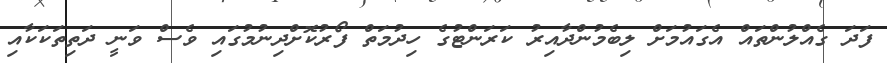
ފަދަ ގެއްލުންތައް އެގައުމަށް ލިބެމުންދާއިރު ކަރަންޓުގެ ހިދުމަތް ފޯރުކޮށްދިނުމުގައި ވެސް ވަނީ ދަތިތަކަކާއި